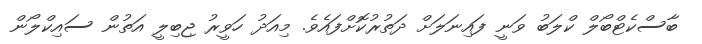
ބާސްކެޓްބޯލް ކްލަބު ވަނީ ފައިނަލަށް ދަތުރުކޮށްފައެވެ. މިއަދު ހަވީރު ޖިބިލީ އަތުން ސައިކްލޯން